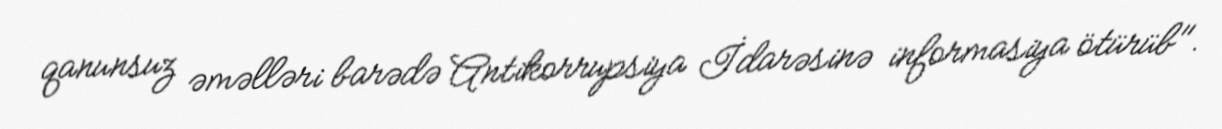
qanunsuz əməlləri barədə Antikorrupsiya İdarəsinə informasiya ötürüb".